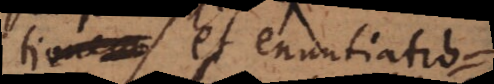
vera, et enuntiatio